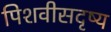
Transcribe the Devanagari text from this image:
पिशवीसदृष्य